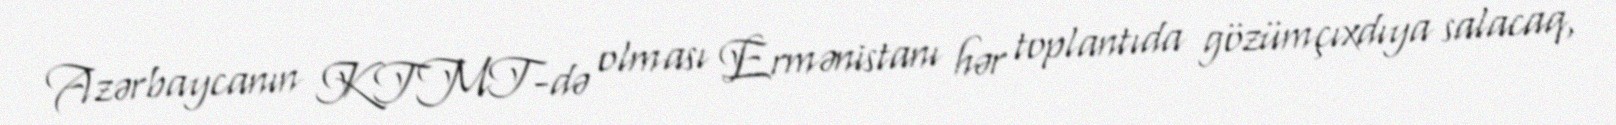
Azərbaycanın KTMT-də olması Ermənistanı hər toplantıda gözümçıxdıya salacaq,